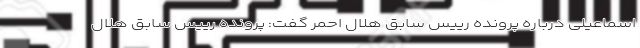
اسماعیلی درباره پرونده رییس سابق هلال احمر گفت: پرونده رییس سابق هلال